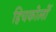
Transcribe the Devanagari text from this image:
हिचकोलों